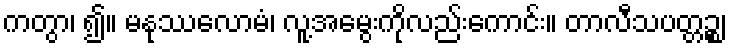
ကတွာ၊ ၍။ မနုဿလောမံ၊ လူ့အမွေးကိုလည်းကောင်း။ တာလီသပတ္တဉ္စ၊